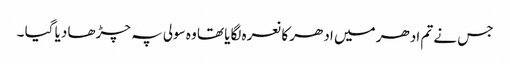
جس نے تم ادھر میں ادھر کا نعرہ لگایا تھا وہ سولی پہ چڑھا دیا گیا ۔